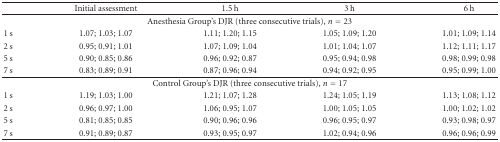
<table><thead><tr><td></td><td><b>Initial assessment</b></td><td><b>1.5 h</b></td><td><b>3 h</b></td><td><b>6 h</b></td></tr></thead><tbody><tr><td colspan="5">Anesthesia Group&#x27;s DJR (three consecutive trials), <i>n</i> = 23</td></tr><tr><td>1 s</td><td>1.07; 1.03; 1.07</td><td>1.11; 1.20; 1.15</td><td>1.05; 1.09; 1.20</td><td>1.01; 1.09; 1.14</td></tr><tr><td>2 s</td><td>0.95; 0.91; 1.01</td><td>1.07; 1.09; 1.04</td><td>1.01; 1.04; 1.07</td><td>1.12; 1.11; 1.17</td></tr><tr><td>5 s</td><td>0.90; 0.85; 0.86</td><td>0.96; 0.92; 0.87</td><td>0.95; 0.94; 0.98</td><td>0.98; 0.99; 0.98</td></tr><tr><td>7 s</td><td>0.83; 0.89; 0.91</td><td>0.87; 0.96; 0.94</td><td>0.94; 0.92; 0.95</td><td>0.95; 0.99; 1.00</td></tr><tr><td colspan="5">Control Group&#x27;s DJR (three consecutive trials), <i>n</i> = 17</td></tr><tr><td>1 s</td><td>1.19; 1.03; 1.00</td><td>1.21; 1.07; 1.28</td><td>1.24; 1.05; 1.19</td><td>1.13; 1.08; 1.12</td></tr><tr><td>2 s</td><td>0.96; 0.97; 1.00</td><td>1.06; 0.95; 1.07</td><td>1.00; 1.05; 1.05</td><td>1.00; 1.02; 1.02</td></tr><tr><td>5 s</td><td>0.81; 0.85; 0.85</td><td>0.90; 0.96; 0.96</td><td>0.96; 0.95; 0.97</td><td>0.93; 0.98; 0.97</td></tr><tr><td>7 s</td><td>0.91; 0.89; 0.87</td><td>0.93; 0.95; 0.97</td><td>1.02; 0.94; 0.96</td><td>0.96; 0.96; 0.99</td></tr></tbody></table>